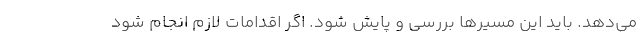
می‌دهد. باید این مسیرها بررسی و پایش شود. اگر اقدامات لازم انجام شود